Report of the Indian Hemp Drugs Commission, 1894-1895 - Volume V
Year: 1894
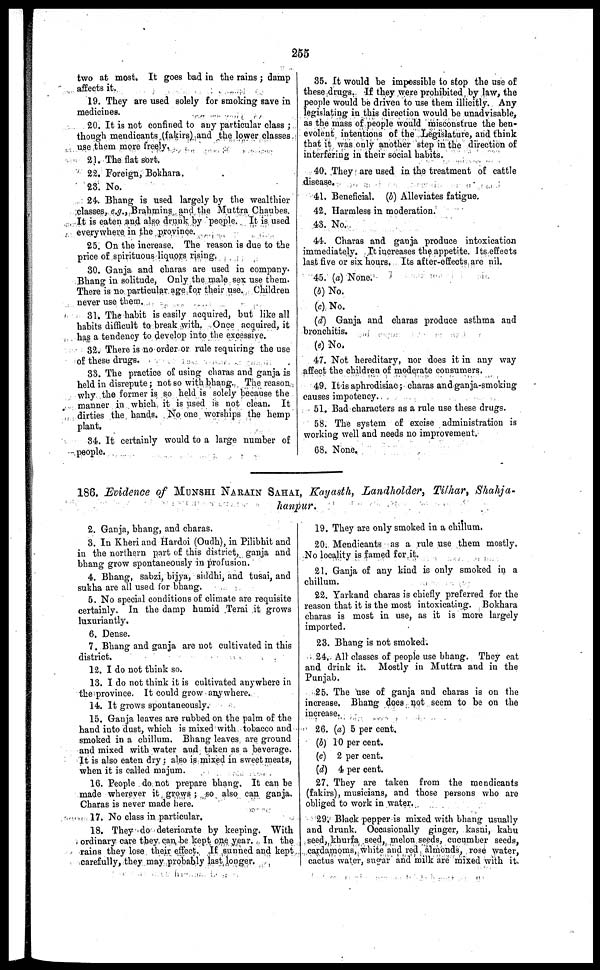
255
two at most. It goes bad in the rains ; damp
affects it.
19. They are used solely for smoking save in
medicines.
20. It is not confined to any particular class ;
though mendicants (fakirs) and the lower classes
use them more freely.
21. The flat sort.
22. Foreign, Bokhara.
23. No.
24. Bhang is used largely by the wealthier
classes, e.g., Brahmins and the Muttra Chaubes.
It is eaten and also drunk by people. It is used
everywhere in the province.
25. On the increase. The reason is due to the
price of spirituous liquors rising.
30. Ganja and charas are used in company.
Bhang in solitude, Only the male sex use them.
There is no particular age for their use. Children
never use them.
31. The habit is easily acquired, but like all
habits difficult to break with. Once acquired, it
has a tendency to develop into the excessive.
32. There is no order or rule requiring the use
of these drugs.
33. The practice of using charas and ganja is
held in disrepute ; not so with bhang. The reason
why the former is so held is solely because the
manner in which it is used is not clean. It
dirties the hands. No one worships the hemp
plant.
34. It certainly would to a large number of
people.
35. It would be impossible to stop the use of
these drugs. If they were prohibited by law, the
people would be driven to use them illicitly. Any
legislating in this direction would be unadvisable,
as the mass of people would misconstrue the ben-
evolent intentions of the Legislature, and think
that it was only another step in the direction of
interfering in their social habits.
40. They are used in the treatment of cattle
disease.
41. Beneficial. (b) Alleviates fatigue.
42. Harmless in moderation.
43. No.
41. Charas and ganja produce intoxication
immediately. It increases the appetite. Its effects
last five or six hours. Its after-effects arc nil.
45. (a) None.
(b) No.
(c) No.
(d) Ganja and charas produce asthma and
bronchitis.
(e) No.
47. Not hereditary, nor does it in any way
affect the children of moderate consumers.
49. It is aphrodisiac ; charas and ganja-smoking
causes impotency.
51. Bad characters as a rule use these drugs.
58. The system of excise administration is
working well and needs no improvement.
OS. None.
186. Evidence of MUNSHI NARAIN SAHAI, Kayasth, Landholder, Tilhar, Shahja-
hanpur.
2. Ganja, bhang, and charas.
3. In Kheri and Hardoi (Oudh), in Pilibhit and
in the northern part of this district, ganja and
bhang grow spontaneously in prolusion.
4. Bhang, sabzi, bijya, siddhi, and tusai, and
sukha are all used for bhang.
5. No special conditions of climate arc requisite
certainly. In the damp humid Terai it grows
luxuriantly.
6. Dense.
7. Bhang and ganja are not cultivated in this
district.
12. I do not think so.
13. I do not think it is cultivated anywhere in
the province. It could grow anywhere.
14. It grows spontaneously.
15. Ganja leaves are rubbed on the palm of the
baud into dust, which is mixed with tobacco and
smoked in a chillum. Bhang leaves are ground
and mixed with water and taken as a beverage.
It is also eaten dry ; also is mixed in sweet meats,
when it is called majum.
16. People do not prepare bhang. It can be
made wherever it grows ; so also can ganja.
Charas is never made here.
17. No class in particular.
18. They do deteriorate by keeping. With
ordinary care they can be kept one year. In the
rains they lose their effect. If sunned and kept
carefully, they may probably last longer.
19. They are only smoked in a chillum.
20. Mendicants as a rule use them mostly.
No locality is famed for it.
21. Ganja of any kind is only smoked in a
chillum.
22. Yarkand charas is chiefly preferred for the
reason that it is the most intoxicating. Bokhara
charas is most in use, as it is more largely
imported.
23. Bhang is not smoked.
24. All classes of people use bhang. They eat
and drink it. Mostly in Muttra and in the
Punjab.
25. The use of ganja and charas is on the
increase. Bhang does not seem to be on the
increase.
26. (a) 5 per cent.
(b) 10 per cent.
(c) 2 per cent.
(d) 4 per cent.
27. They are taken from the mendicants
(fakirs), musicians, and those persons who arc
obliged to work in water.
29. Black pepper is mixed with bhang usually
and drunk. Occasionally ginger, kasni, kahu
seed, khurfa seed, melon seeds, cucumber seeds,
cardamoms, white and red almonds, rose water
cactus water, sugar and milk are mixed with it.